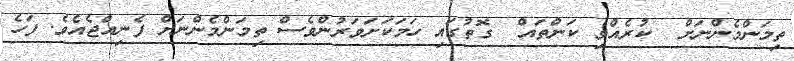
ތިމަންމެންނަށް  ކުރެއްވި ކަންތައް  ގޮތުގައި ހަމަކަށަވަރުންވެސް ތިމަންމެންނަށް ފެނިއްޖެއެވެ. ފަހެ